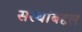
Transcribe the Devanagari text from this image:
संस्थांबद्दल